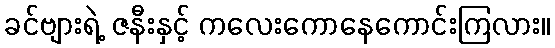
ခင်ဗျားရဲ့ ဇနီးနှင့် ကလေးကောနေကောင်းကြလား။